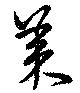
美